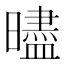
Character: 𰖵